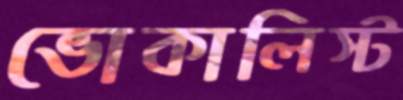
ভোকালিস্ট